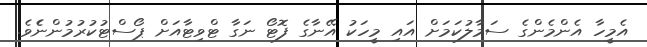
އެމީހާ އެންމެންގެ ސަމާލުކަމަށް އައި މީހަކު އޭނާގެ ފޮޓޯ ނަގާ ޓްވިޓާއަށް ޕޯސްޓުކުރުމުންނެެވެ.